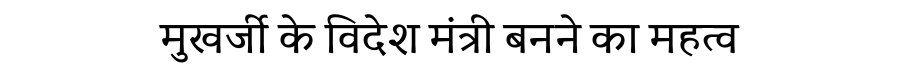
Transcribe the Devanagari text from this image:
मुखर्जी के विदेश मंत्री बनने का महत्व